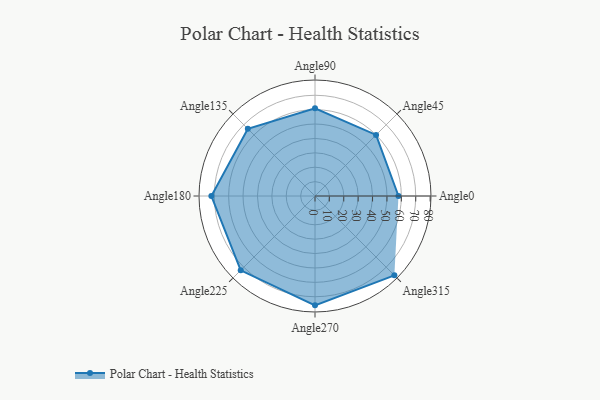
{"axis": {"x": "Angle", "y": "Radius"}, "legend": [""], "data": [{"x": "Angle0", "y": 58.0, "type": ""}, {"x": "Angle45", "y": 60.0, "type": ""}, {"x": "Angle90", "y": 61.0, "type": ""}, {"x": "Angle135", "y": 66.0, "type": ""}, {"x": "Angle180", "y": 72.0, "type": ""}, {"x": "Angle225", "y": 73.0, "type": ""}, {"x": "Angle270", "y": 76.0, "type": ""}, {"x": "Angle315", "y": 78.0, "type": ""}]}